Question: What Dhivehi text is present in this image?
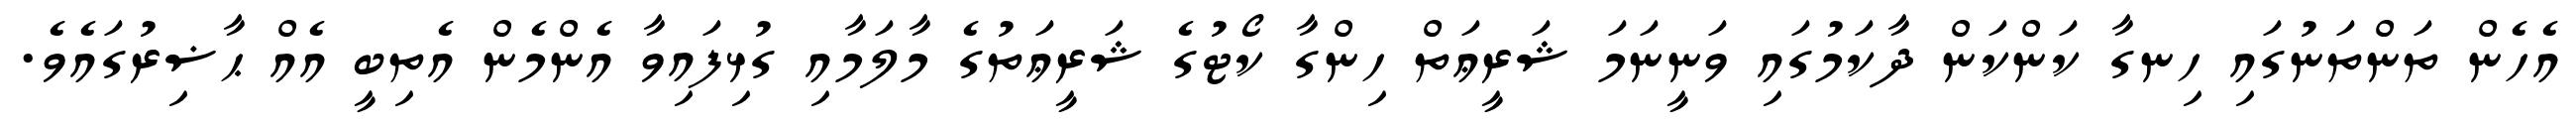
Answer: އެހެން ތަންތަނުގައި ހިނގާ ކަންކަން ދާކަމުގައި ވަނީނަމަ ޝަރީޢަތް ހިންގާ ކޯޓުގެ ޝަރީޢަތުގެ މާލަމާއި ގުޅިފައިވާ އެންމެން އެތިބީ އެއް ޙާޟިރުގައެވެ.